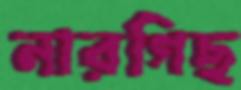
নারগিছ